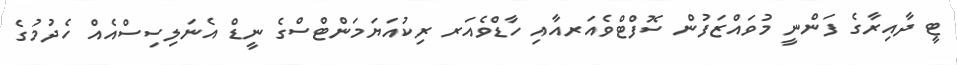
ޓީ ދާއިރާގެ ފަންނީ މުވައްޒަފުން ސޮފްޓްވެއަރއާއި ހާޑްވެއަރ ރިކުއަޔަމަންޓްސްގެ ނީޑް އެނަލިސިސްއެއް ހެދުމުގެ